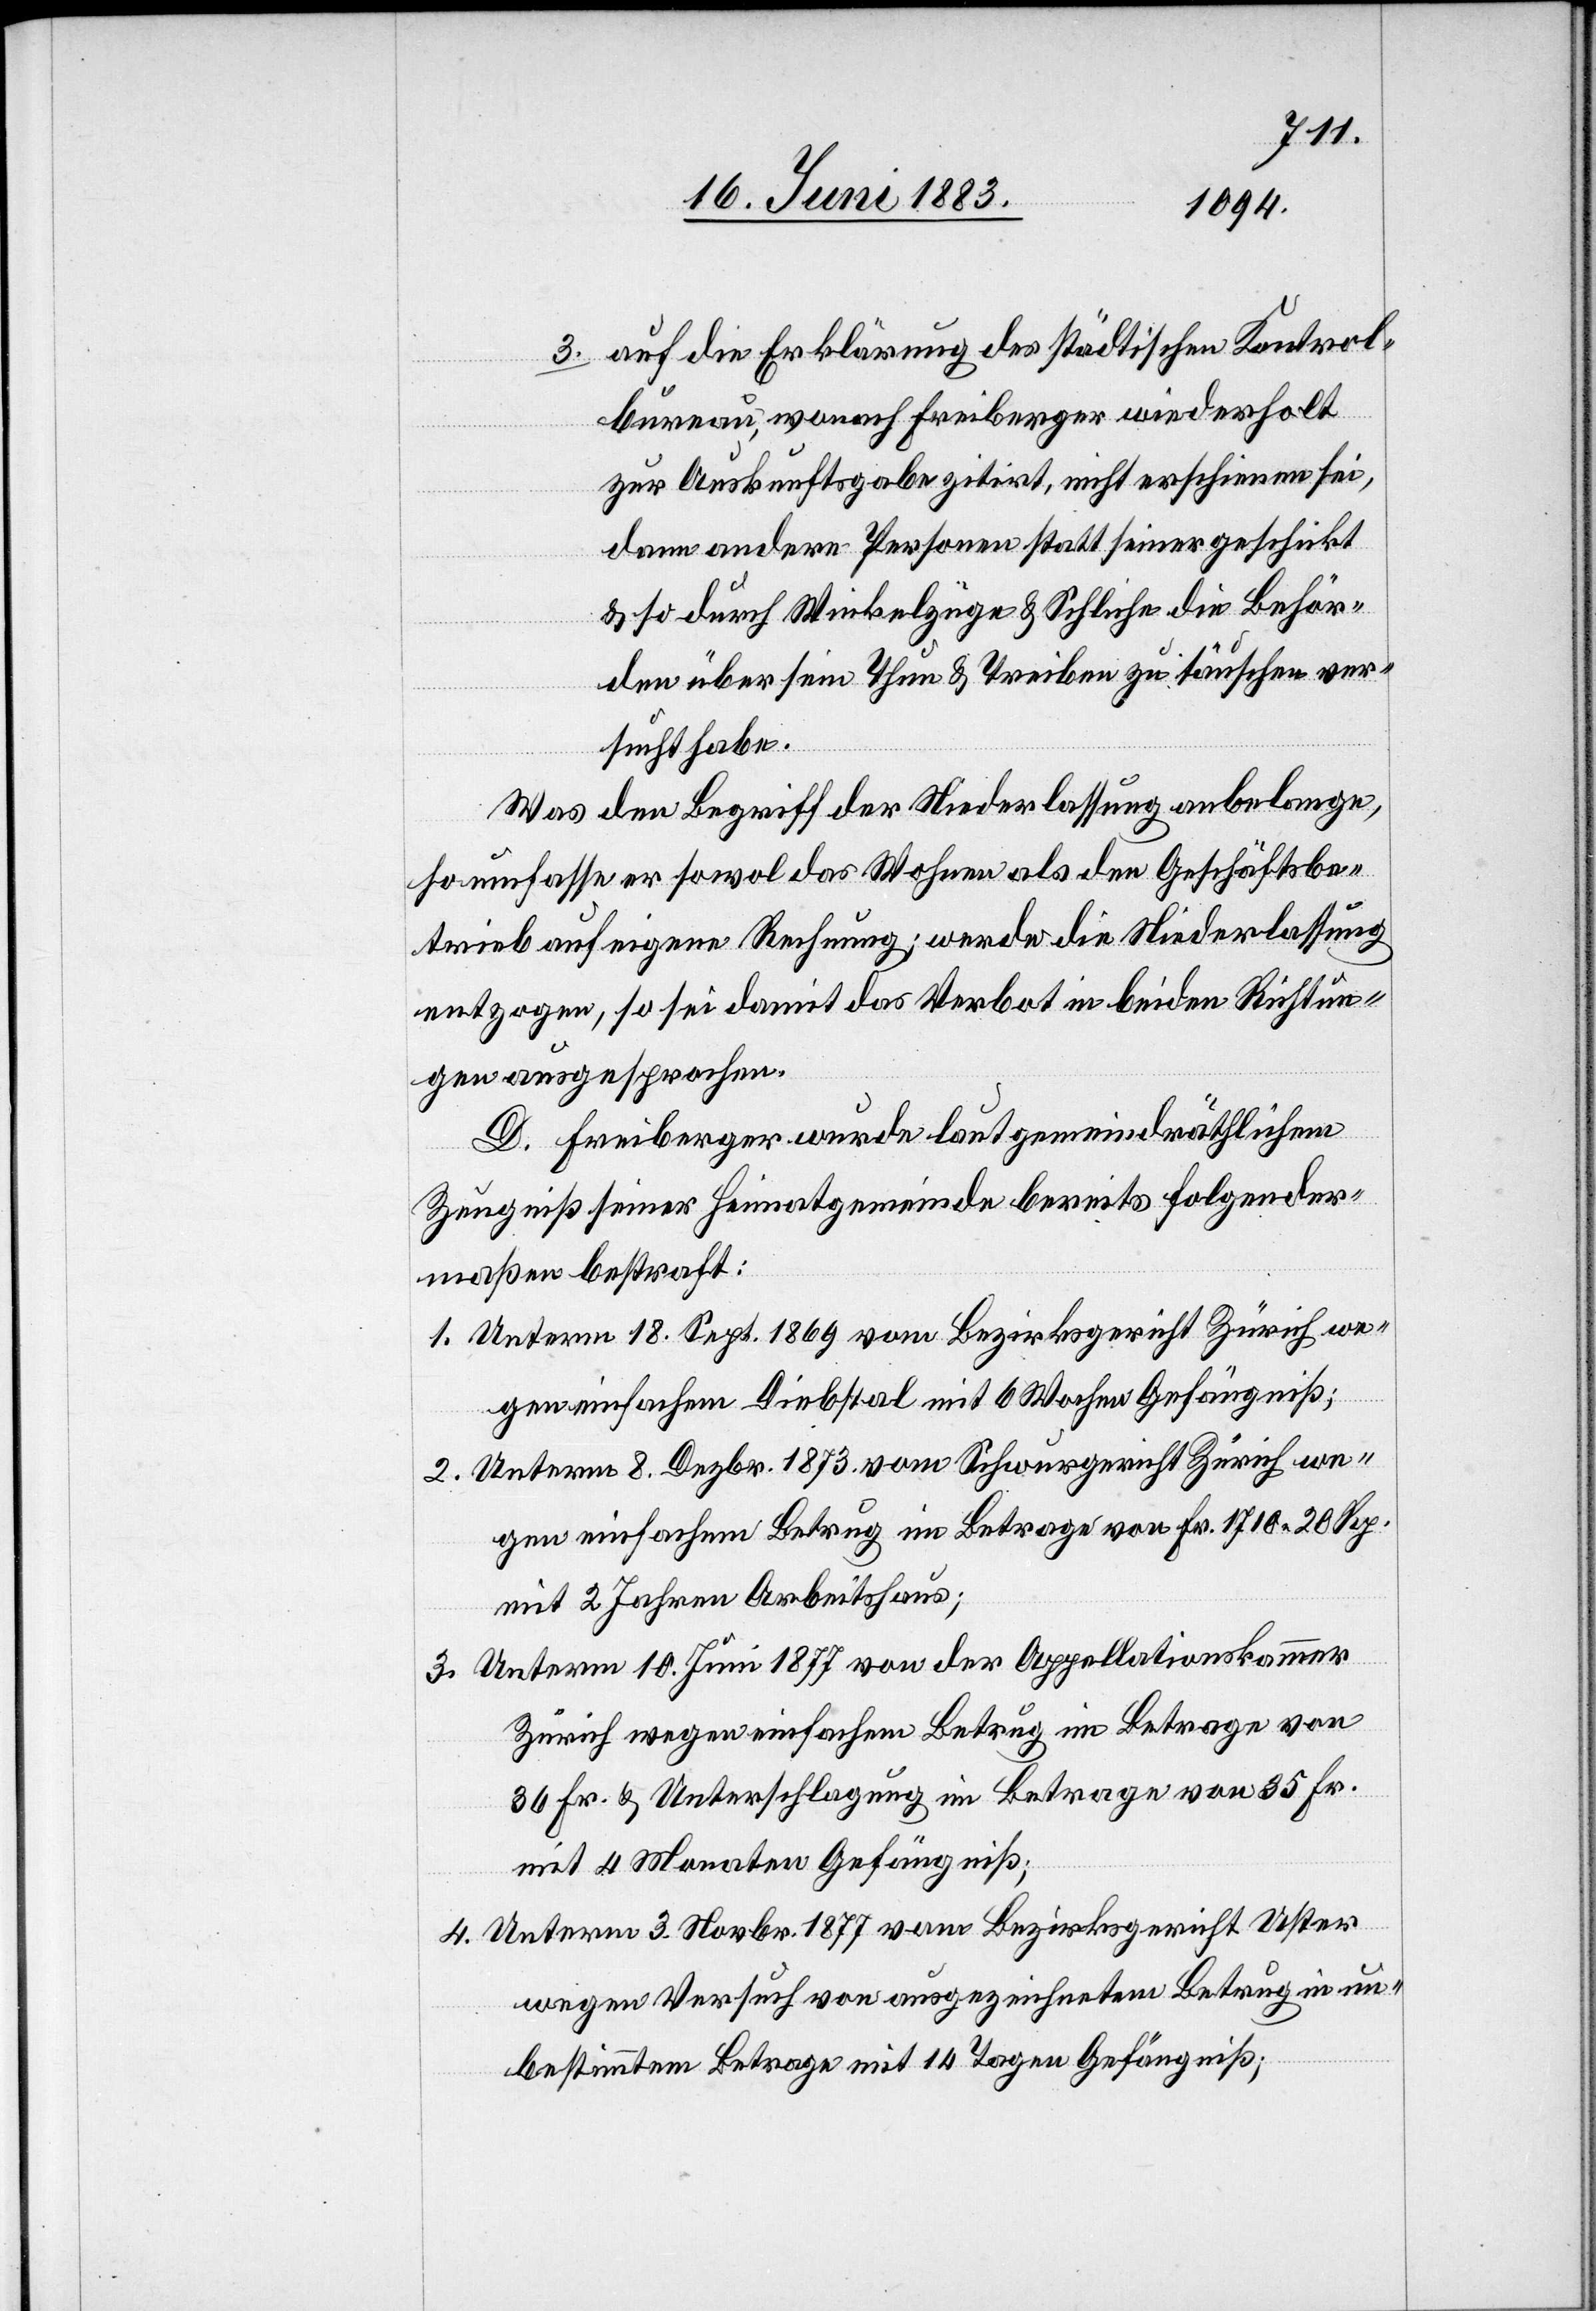
3. auf die Erklärung des städtischen Kontrol¬
bureau, wonach Freiberger wiederholt
zur Auskunftsgabe zitirt, nicht erschienen sei,
dann andere Personen statt seiner geschickt
& so durch Winkelzüge & Schliche die Behör¬
den über sein Thun & Treiben zu täuschen ver¬
sucht habe.
Was den Begriff der Niederlassung anbelange,
so umfasse er sowol das Wohnen als den Geschäftsbe¬
trieb auf eigene Rechnung; werde die Niederlassung
entzogen, so sei damit das Verbot in beiden Richtun¬
gen ausgesprochen.
D. Freiberger wurde laut gemeindräthlichem
Zeugniß seiner Heimatgemeinde bereits folgender¬
maßen bestraft:
1. Unterm 18. Sept. 1869 vom Bezirksgericht Zürich we¬
gen einfachem Diebstal mit 6 Wochen Gefängniß;
2. Unterm 8. Dezbr. 1873 vom Schwurgericht Zürich we¬
gen einfachem Betrug im Betrage von Fr. 1710 20 Rp.
mit 2 Jahren Arbeitshaus;
3. Unterm 10. Juni 1877 von der Appellationskammer
Zürich wegen einfachem Betrug im Betrage von
36 Fr. & Unterschlagung im Betrage von 35 Fr.
mit 4 Monaten Gefängniß;
4. Unterm 3. Novbr. 1877 vom Bezirksgericht Uster
wegen Versuch von ausgezeichnetem Betrug in un¬
bestimmtem Betrage mit 14 Tagen Gefängniß;